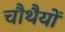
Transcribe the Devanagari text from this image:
चौथैयों